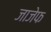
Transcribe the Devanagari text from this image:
जाजेफ